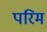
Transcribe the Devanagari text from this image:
परिम